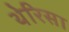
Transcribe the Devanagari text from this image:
थेरिसा